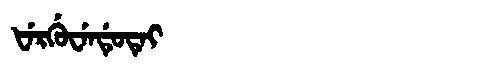
Manchu: ᡶᡝᡵᡤᡠᠸᡝᠨᡩᡠᡨᡝᡳ
Romanization: FERGUWENDUTEI